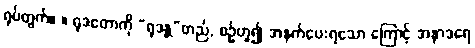
ရုပ်တွက်။ ။ ရုဒတောကို “ရုဒန္တ”တည်, စဉ်ဟူ၍ အနက်ပေးရသော ကြောင့် အနာဒရေ